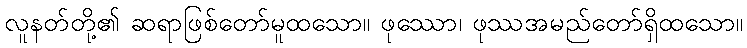
လူနတ်တို့၏ ဆရာဖြစ်တော်မူထသော။ ဖုဿော၊ ဖုဿအမည်တော်ရှိထသော။